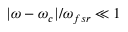
| \omega - \omega _ { c } | / \omega _ { f s r } \ll 1